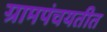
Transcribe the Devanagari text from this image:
ग्रामपंचयतीत